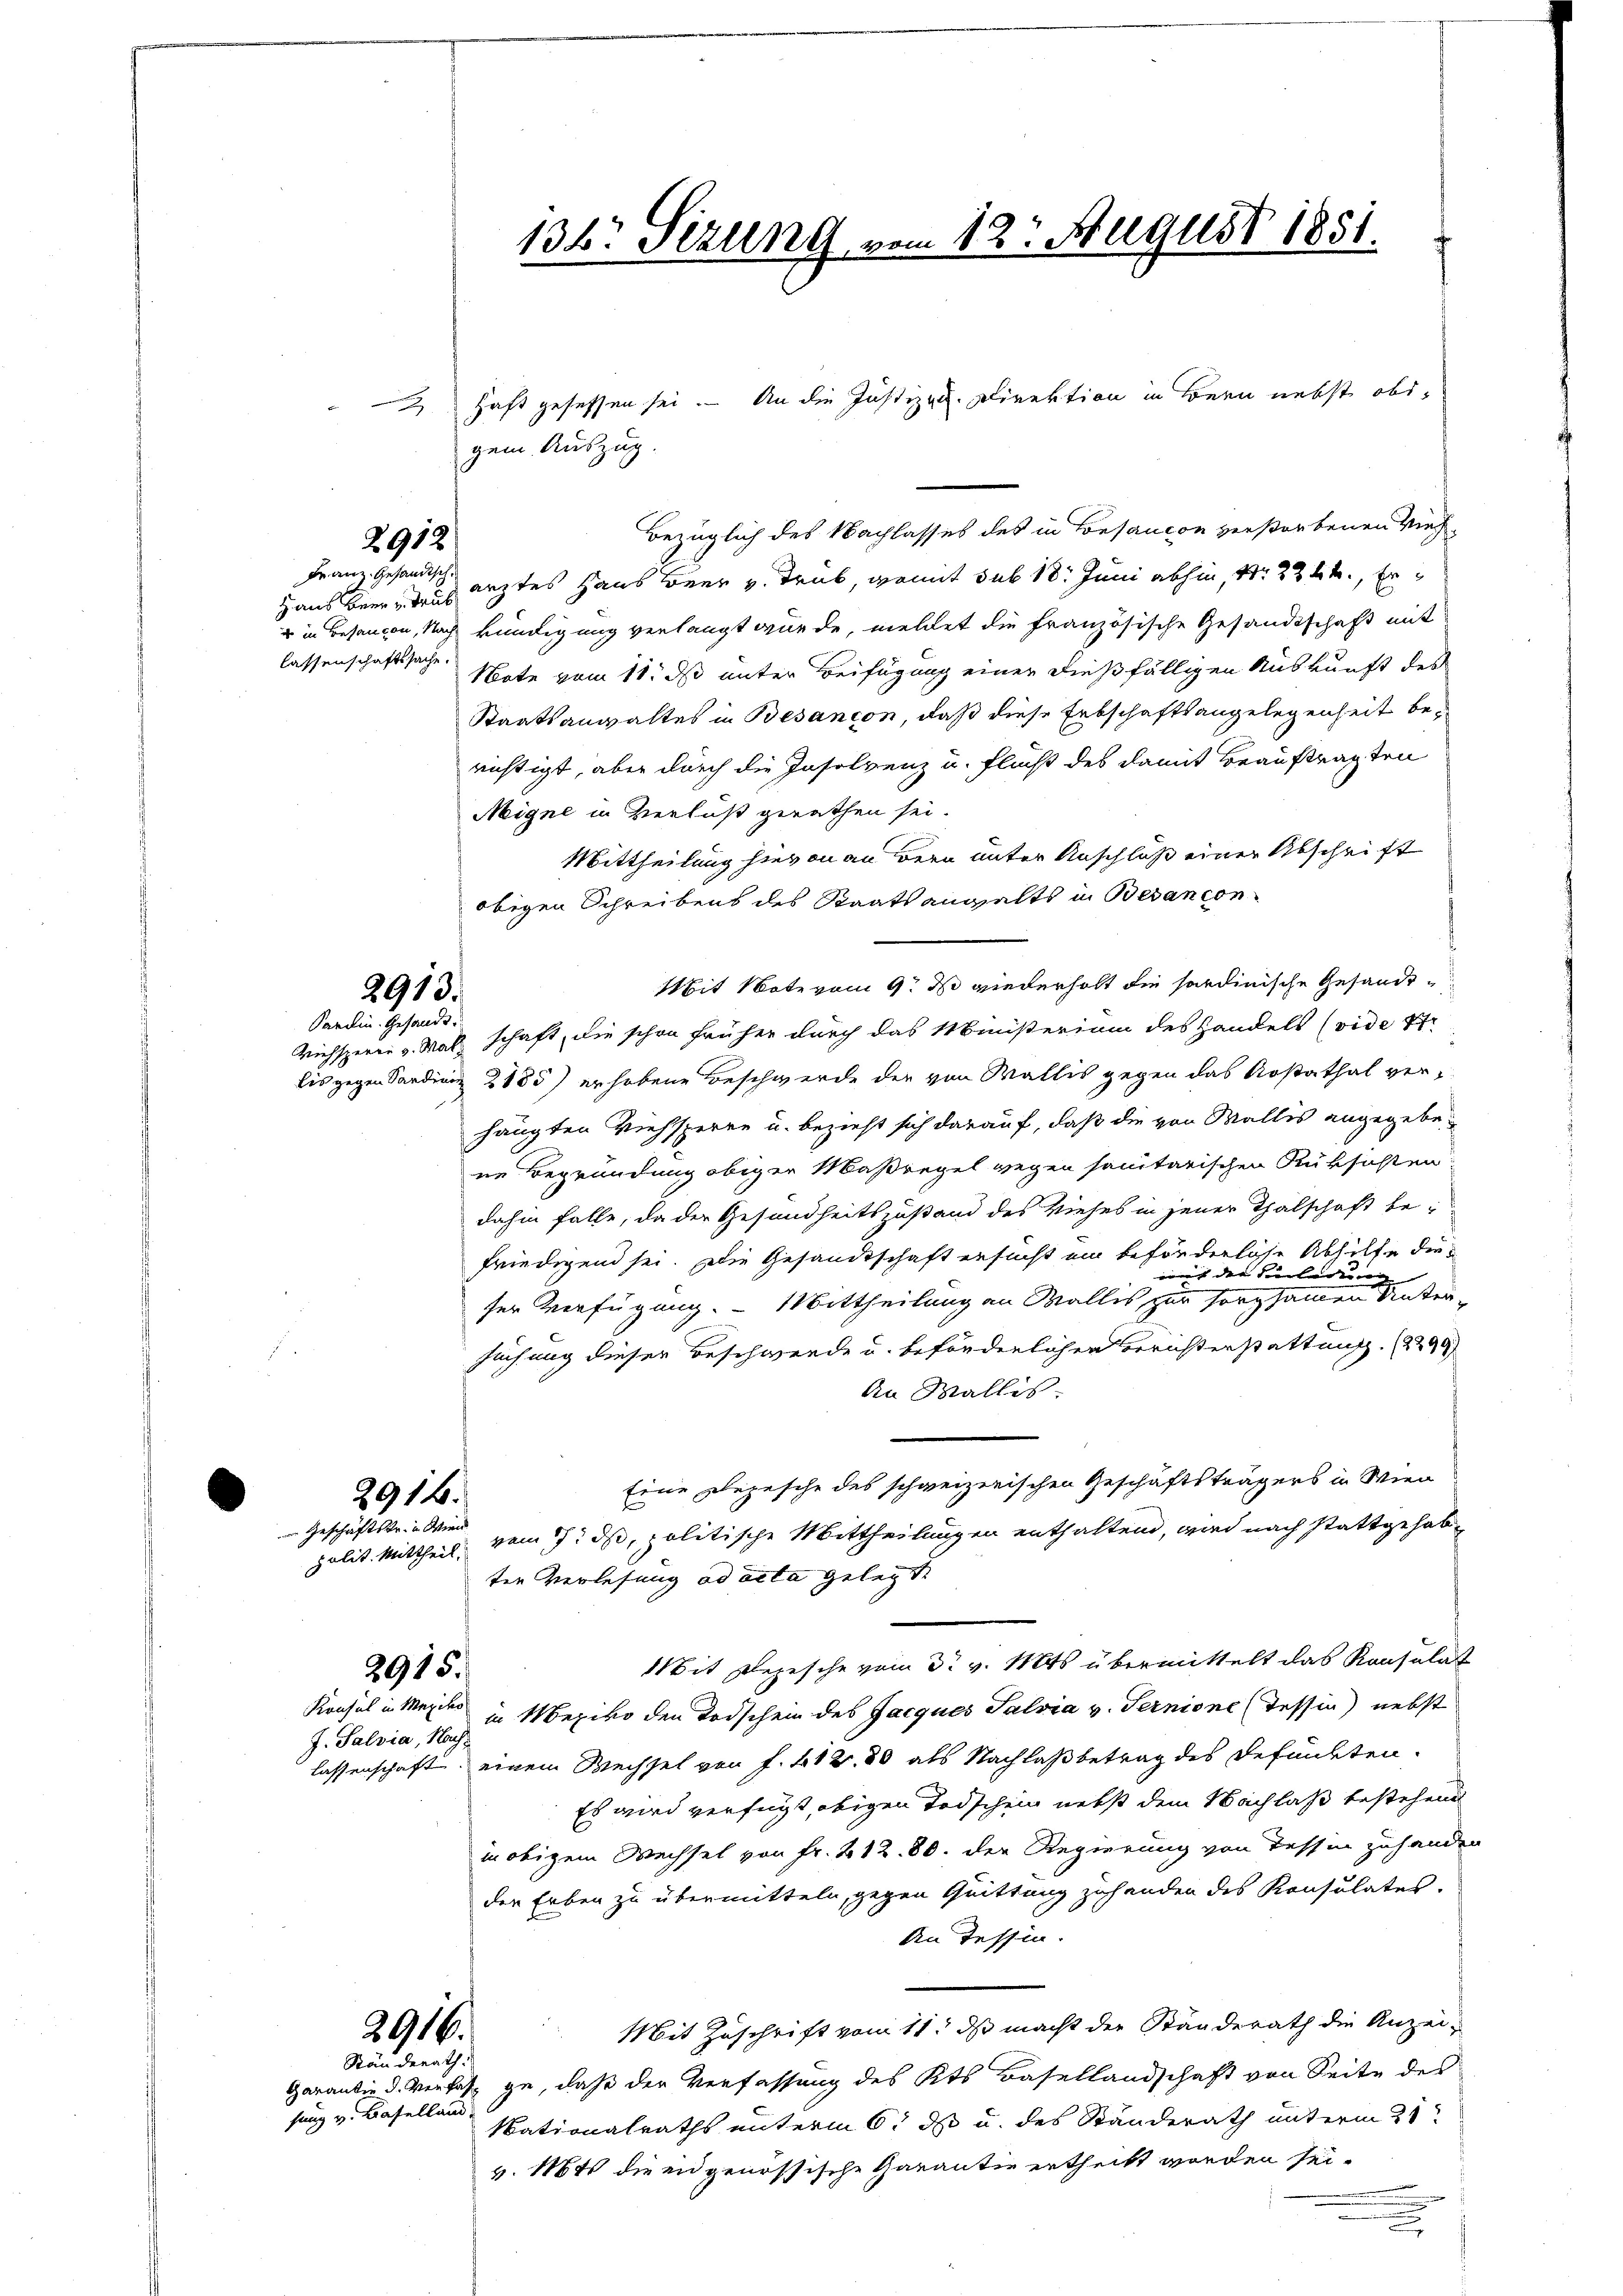
lassenschaftssache.

2912
Franz. Gesandtsch.

2913.
Sardin. Gesandt.

2916.
 Geschäftstr. in Wien

2915.

J. Salvia, Nach

g
gem. Auszug.

bezüglich des Nachlasses des in Besaucon verstorbenen Vieh¬
Haus beer, das leztes Haus Beer v. Trab, womit sub 18. Juni abhin, Nr. 2244., Er
u in Besangen, Nach kündigung verlangt wurde, meldet die französische Gesandtschaft mit
Note vom 11. ds unter Beifügung einer dießfälligen Auskunft des
Staatsanwaltes in Besançon, daß diese Erbschaftsangelegenheit berichtigt, aber durch die Insolvenz u. Flucht des damit Beauftragten
Migne in Verlust gerathen sei.
Mittheilung hievon an Bern unter Anschluß einer Abschrift
obigen Schreibens des Staatsangalts in Bedancon
Mit Note vom 9. ds wiederholt die sordinische Gesandt¬
Viehsperre v. Mal schaft, die schon früher durch das Ministerium des Handels (vide 17
bis gegen Sardinie 2185) erhobene Beschwerde der von Wallis gegen das Kostathal verhängten Viehsperre u. bezieht sich darauf, daß die von Wallis angegebene Begründung obiger Maßregel wegen sanitarischen Rüksichten
dahin falle, da der Gesundheitszustand des Viehes in jener Thalschaft be-
friedigend sei. Die Gesandtschaft ersucht ein beförderliche Abhilfe diein ich der Verlegung |
e
ser Verfügung. - Mittheilung an Wallis zur sorgsamen Untersuchung dieser Beschwerde u. beförderlichen Berichterstattung. (1299
An Wallis.
Eine Depesche des schweizerischen Geschäftsträgers in Wien
polit. Mittheil, vom 7. ds, politische Mittheilungen enthalten, wird nach stattgehabtern Verlesung ad acta gelegte
Mit Depesche vom 3. v. Mts übermittelt das Konsulat
Konsul in Mercke in Mexiko den Todschein des Jacques Salvia v. Ternione (Tessin nebst
lassenschaft, einem Wechsel von f. 412. 80 als Nachlaßbetrag des Befunkten.
Es wird verfügt, obigen Todschein nebst dem Nachlaß bestehend
in obigem Wechsel von Fr. 212. 80. Der Regierung von Tessin zuhanden
der Erben zu übermitteln, gegen Quittung zuhanden des Konsulates.
An Tessin.
Mit Zuschrift vom 11. ds macht der Ständerath die Anzei¬
Garantie d. Verlaß ge, daß der Verfassung des Kts. Basellandschaft von Seite des
Nationalraths unterm 6t ds u. des Standerath unterm 21
v. 16t die eidgenössische Garantie ertheilt worden sei.

2916.
Ränderath.

fung v. Baselland.

136: Sizung vom 12. August 1851.

haft gesessen sei. An die Justizen. Direktion in Bern nebst obs

2